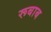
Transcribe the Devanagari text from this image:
रूबाब